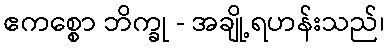
ဧကစ္စော ဘိက္ခု - အချို့ရဟန်းသည်၊